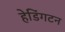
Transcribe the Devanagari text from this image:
हेडिंगटन